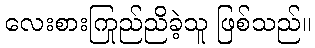
လေးစားကြည်ညိုခဲ့သူ ဖြစ်သည်။